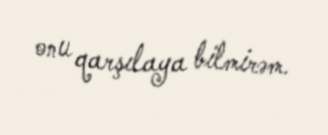
onu qarşılaya bilmirəm.